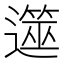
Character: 遾